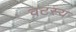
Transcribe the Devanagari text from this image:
वटस्य